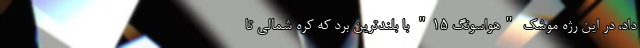
داد، در این رژه موشک "هواسونگ ۱۵" با بلندترین برد که کره شمالی تا